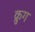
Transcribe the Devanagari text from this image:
क्रुग